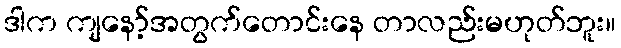
ဒါက ကျနော့်အတွက်တောင်းနေ တာလည်းမဟုတ်ဘူး။